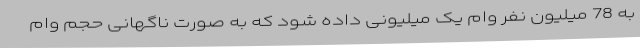
به 78 میلیون نفر وام یک میلیونی داده شود که به صورت ناگهانی حجم وام